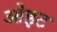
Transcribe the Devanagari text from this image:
ओइट